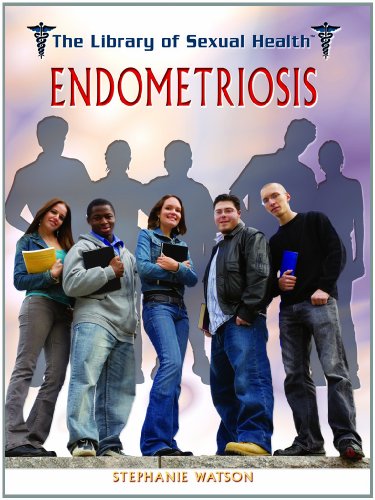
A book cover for Endometriosis (The Library of Sexual Health); Stephanie Watson; Health, Fitness & Dieting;